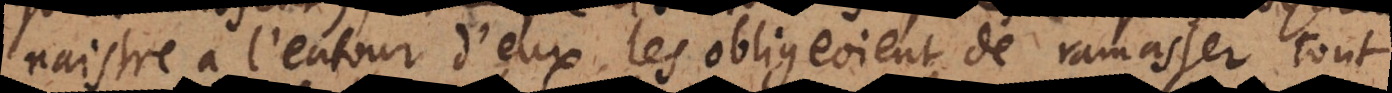
naistre à l’entour d’eux les obligeoient de ramasser tout